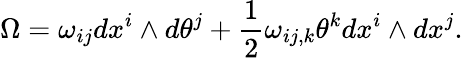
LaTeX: \Omega=\omega_{ij}dx^{i}\wedge d\theta^{j}+\frac 12\omega_{ij,k}\theta^{k}dx^{i}\wedge dx^{j}.